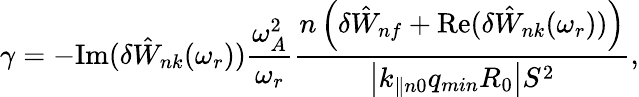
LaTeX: \gamma=-\mathrm{Im}(\delta{\hat{W}}_{nk}(\omega_{r}))\frac{\omega_{A}^{2}}{\omega_{r}}\frac{n\left(\delta{\hat{W}}_{nf}+\mathrm{Re}({\delta{\hat{W}}_{nk}(\omega_{r}))}\right)}{\left|k_{\parallel n0}q_{min}R_{0}\right|S^{2}},